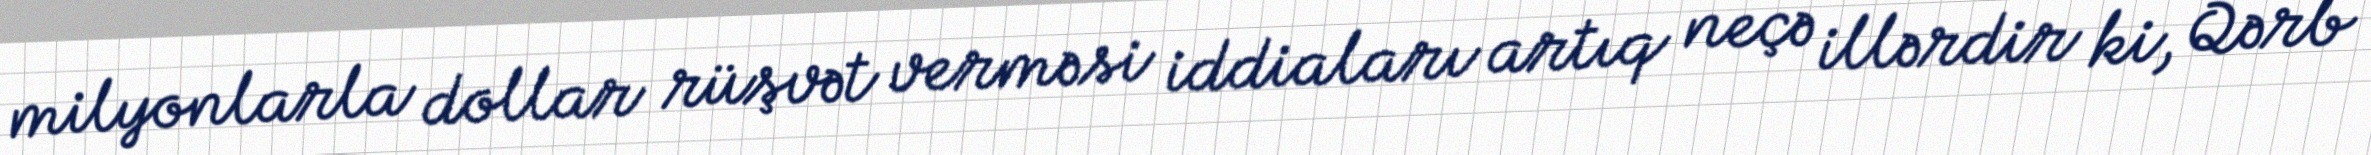
milyonlarla dollar rüşvət verməsi iddiaları artıq neçə illərdir ki, Qərb